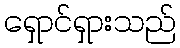
ရှောင်ရှားသည်